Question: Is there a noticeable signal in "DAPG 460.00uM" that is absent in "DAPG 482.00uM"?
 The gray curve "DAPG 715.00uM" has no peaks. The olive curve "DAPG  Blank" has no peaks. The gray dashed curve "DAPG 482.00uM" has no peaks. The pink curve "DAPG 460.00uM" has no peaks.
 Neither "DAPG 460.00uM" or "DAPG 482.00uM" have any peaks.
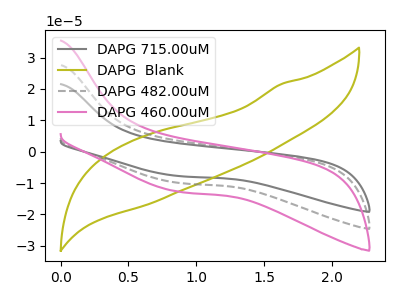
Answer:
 <answer>No, "DAPG 460.00uM" and "DAPG 482.00uM" don't appear to be significantly different in shape</answer>
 <eval>no_change</eval>